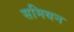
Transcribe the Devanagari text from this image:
समियन